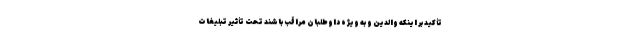
تأکید بر اینکه والدین و به ویژه داوطلبان مراقب باشند تحت تأثیر تبلیغات